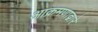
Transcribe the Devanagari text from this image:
आक्रमणाद्वारे